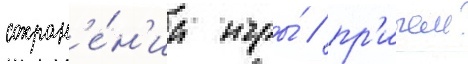
сохран'е́н'иа игры́ / пр'ичем